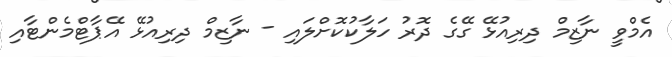
އެމްވީ ނާޒިމް ދިރިއުޅޭ ގޭގެ ދޮރު ހަލާކުކޮށްލައި - ނާޒިމް ދިރިއުޅޭ އޭޕާޓްމެންޓާއި